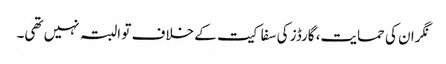
نگران کی حمایت، گارڈز کی سفاکیت کے خلاف تو البتہ نہیں تھی۔